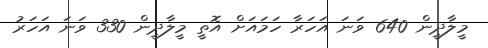
މީލާދީން 640 ވަނަ އަހަރާ ހަމައަށް އޮތީ މީލާދީން 330 ވަނަ އަހަރު